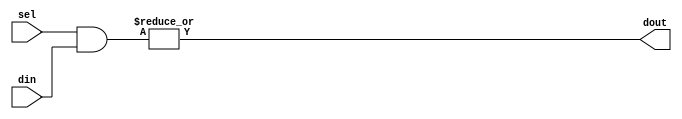
module base_mux#
  (
   parameter width = 1,
   parameter ways = 2
   )
  (
   input [0:(width*ways)-1] din,
   input [0:ways-1] sel,
   output [0:width-1] dout
   );
   genvar 	  i;
   genvar         j;
   generate
      if (width == 1)
	assign dout = | (sel & din);
      else
	for (i = 0; i < width; i = i + 1) begin : u
	   wire [0:ways-1] mux_in;
	   for (j = 0; j < ways; j = j + 1) begin : v
	      assign mux_in[j] = din[(j*width)+i];
	   end
	   base_mux#(.ways(ways),.width(1)) imux(.din(mux_in), .sel(sel), .dout(dout[i]));
	end
   endgenerate
endmodule